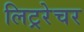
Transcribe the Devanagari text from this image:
लिट्ररेचर